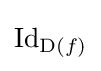
\mathrm {Id} _{\operatorname {D} (f)}